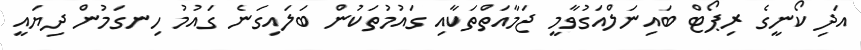
އަދި ކޯނީގެ ރިޕޯޓް ބައިނަލްއަގުވާމީ ޖަމާއަތްތަކާއި ގައުމުތަކުން ބަލައިގަނެ ގައުމު ހިނގަމުން ދިޔައީ